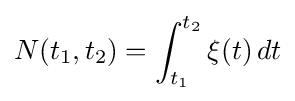
N(t_{1},t_{2})=\int _{t_{1}}^{t_{2}}\xi (t)\,dt